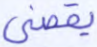
يقضى